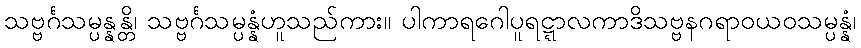
သဗ္ဗင်္ဂသမ္ပန္နန္တိ၊ သဗ္ဗင်္ဂသမ္ပန္နံဟူသည်ကား။ ပါကာရဂေါပူရဋ္ဋာလကာဒိသဗ္ဗနဂရာဝယဝသမ္ပန္နံ၊